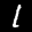
Label: 1